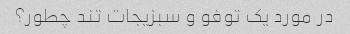
در مورد یک توفو و سبزیجات تند چطور؟